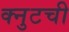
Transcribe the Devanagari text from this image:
क्नुटची